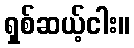
ရှစ်ဆယ့်ငါး။